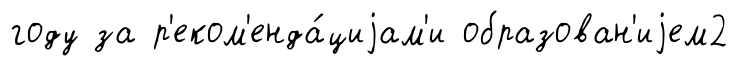
году за р'еком'енда́циjам'и образован'иjем2